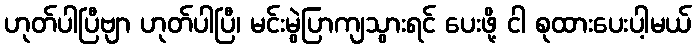
ဟုတ်ပါပြီဗျာ ဟုတ်ပါပြီ၊ မင်းမွဲပြာကျသွားရင် ပေးဖို့ ငါ စုထားပေးပါ့မယ်